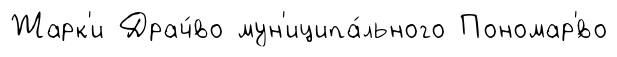
Жарк'и Драч́во мун'иципа́льного Пономар'́во